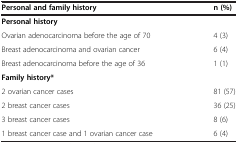
<table><thead><tr><td><b>Personal and family history</b></td><td><b>n (%)</b></td></tr></thead><tbody><tr><td><b>Personal history</b></td><td> </td></tr><tr><td>Ovarian adenocarcinoma before the age of 70</td><td>4 (3)</td></tr><tr><td>Breast adenocarcinoma and ovarian cancer</td><td>6 (4)</td></tr><tr><td>Breast adenocarcinoma before the age of 36</td><td>1 (1)</td></tr><tr><td><b>Family history*</b></td><td> </td></tr><tr><td>2 ovarian cancer cases</td><td>81 (57)</td></tr><tr><td>2 breast cancer cases</td><td>36 (25)</td></tr><tr><td>3 breast cancer cases</td><td>8 (6)</td></tr><tr><td>1 breast cancer case and 1 ovarian cancer case</td><td>6 (4)</td></tr></tbody></table>